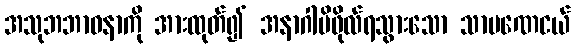
အသုဘဘာဝနာကို အားထုတ်၍ အနာဂါမိဖိုလ်ရသွားသော သာမဏေငယ်